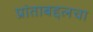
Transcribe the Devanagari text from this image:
प्रांताबद्दलचा